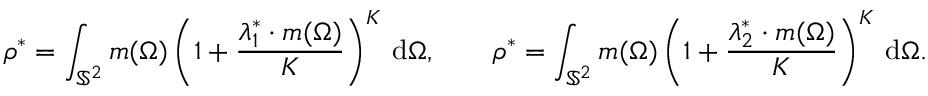
\boldsymbol { \rho } ^ { * } = \int _ { \mathbb { S } ^ { 2 } } \boldsymbol { m } ( \Omega ) \left( 1 + \frac { \boldsymbol { \lambda } _ { 1 } ^ { * } \cdot \boldsymbol { m } ( \Omega ) } { K } \right) ^ { K } \, \mathrm { d } \Omega , \qquad \boldsymbol { \rho } ^ { * } = \int _ { \mathbb { S } ^ { 2 } } \boldsymbol { m } ( \Omega ) \left( 1 + \frac { \boldsymbol { \lambda } _ { 2 } ^ { * } \cdot \boldsymbol { m } ( \Omega ) } { K } \right) ^ { K } \, \mathrm { d } \Omega .